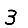
Digit: 3